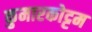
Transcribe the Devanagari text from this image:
कुमारकोट्टम